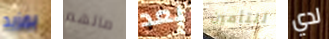
بمزيد مالهم بعد للتأمين لدي